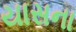
યાસના